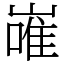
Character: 嶉